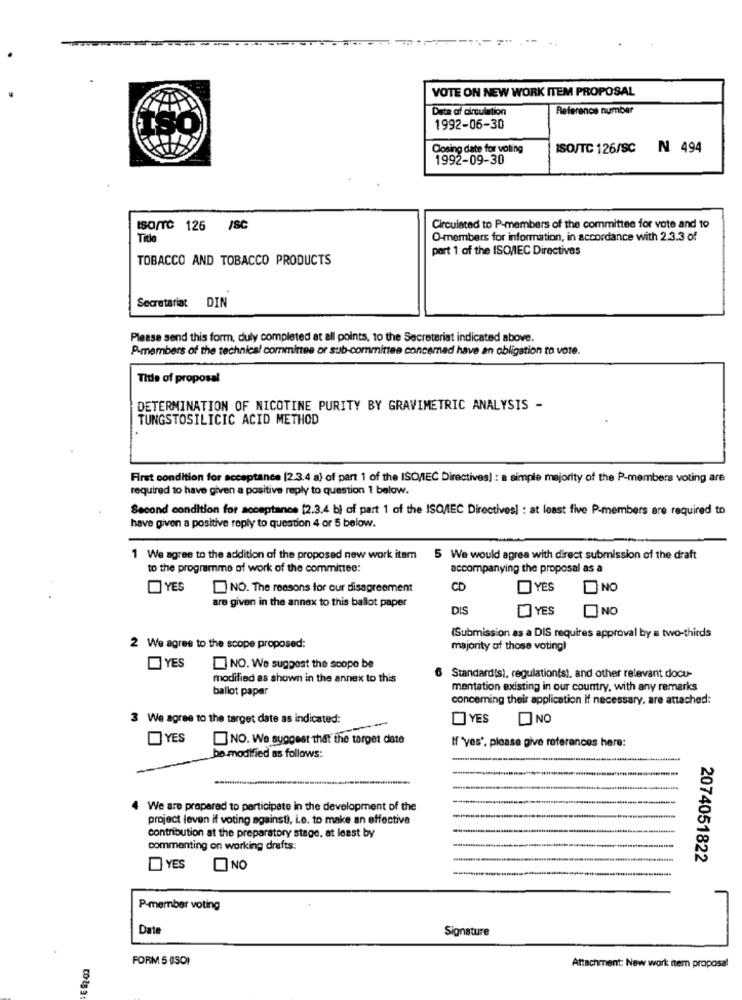
VOTE ON NEW WORK ITEM PROPOSAL
Data af circulation
Reference number
ISO
1992-06-30
Closing date for voting
ISO/TC 126/SC
N 494
1992-09-30
ISO/TC 126 /SC
Circulated to P-members of the committee for vote and to
Title
O-members for information, in accordance with 2.3.3 of
part 1 of the ISO/IEC Directives
TOBACCO AND TOBACCO PRODUCTS
Secretariat DIN
Please send this form, duly completed at all points, to the Secretariat indicated above.
P-members of the technical committee or sub-committee concerned have an obligation to vote.
Title of proposal
DETERMINATION OF NICOTINE PURITY BY GRAVIMETRIC ANALYSIS -
TUNGSTOSILICIC ACID METHOD
First condition for acceptance [2.3.4 a) of part 1 of the ISO/IEC Directives] : a simple majority of the P-members voting are
required to have given a positive reply to question 1 balow.
Second condition for acceptance [2.3.4 b) of part 1 of the ISO/IEC Directives] : at least five P-members are required to
have given a positive reply to question 4 or 5 below.
1 We agree to the addition of the proposed new work item
5 We would agree with direct submission of the draft
to the programme of work of the committee:
accompanying the proposal as a
YES
NO. The reasons for our disagreement
CD
YES
NO
are given in the annex to this ballot paper
DIS
YES
NO
(Submission as a DIS requires approval by a two-thirds
2 We agree to the scope proposed:
majority of those votingl
YES
NO. We suggest the scope be
modified as shown in the annex to this
Standardis), regulation(s), and other relevant docu-
ballot paper
mentation existing in our country, with any remarks
concerning their application if necessary, are attached:
3 We agree to the target date as indicated:
YES
NO
YES
NO. We suggest that the target date
If 'yes', please give references here:
be modified as follows:
We are prepared to participate in the development of the
project leven if voting against), i.e. to make an effective
contribution at the preparatory stage, at least by
commenting on working drafts:
2074051822
YES
NO
P-member voting
Date
Signature
FORM 5 USD1
Attachment: New work item proposal